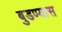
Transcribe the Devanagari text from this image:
बुडण्यास